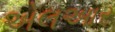
એલઆર